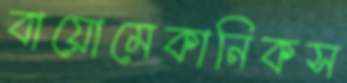
বায়োমেকানিকস